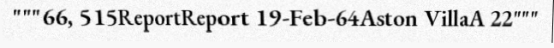
"""66, 515ReportReport 19-Feb-64Aston VillaA 22"""